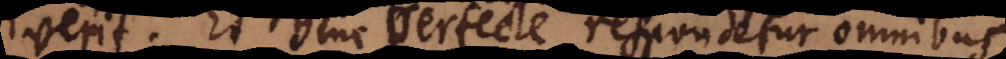
decreverit. Et hinc perfecte respondetur omnibus